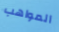
المواهب